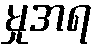
မှုအရ